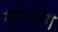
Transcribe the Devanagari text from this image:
गॉटवेग